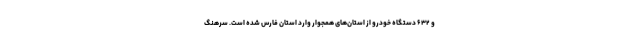
و ۶۳۲ دستگاه خودرو از استان‌های همجوار وارد استان فارس شده است. سرهنگ